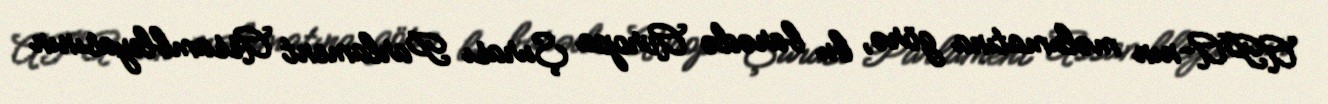
APA-nın məlumatına görə, bu barədə Avropa Şurası Parlament Assambleyasının